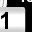
Digit: 1